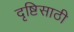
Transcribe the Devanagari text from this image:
दृष्टिसाठी